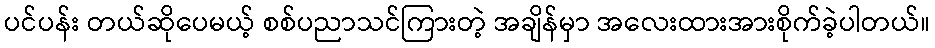
ပင်ပန်း တယ်ဆိုပေမယ့် စစ်ပညာသင်ကြားတဲ့ အချိန်မှာ အလေးထားအားစိုက်ခဲ့ပါတယ်။